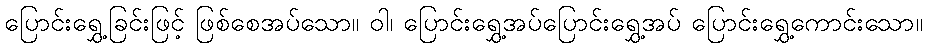
ပြောင်းရွှေ့ခြင်းဖြင့် ဖြစ်စေအပ်သော။ ဝါ၊ ပြောင်းရွှေ့အပ်ပြောင်းရွှေ့အပ် ပြောင်းရွှေ့ကောင်းသော။